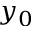
y _ { 0 }